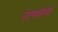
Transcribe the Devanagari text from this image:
ईएमबीआई